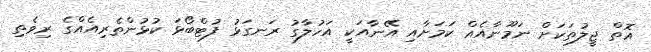
އޮތް ޖީލުތަކަށް ނަމޫނާއެއް ކަމަށާއި އޭނާއަކީ އަހުލާގު ރަނގަޅު ފުޓްބޯޅަ ކުޅުންތެރިއެއްގެ ރިވެތި